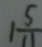
1 \frac { 5 } { 1 1 }